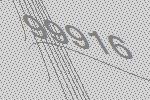
99916